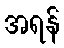
အရန်